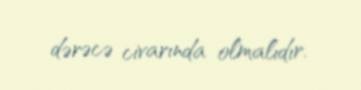
dərəcə civarında olmalıdır.